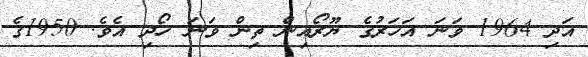
އަދި 1964 ވަނަ އަހަރުގެ ޔޫރޯއިން ތިން ވަނަ ހޯދި އެވެ. 1950ގެ